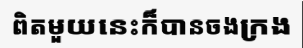
ពិតមួយនេះក៏បានចងក្រង